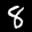
Label: 8